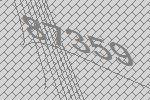
87359